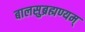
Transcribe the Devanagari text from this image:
बालसुब्रह्मण्यम्